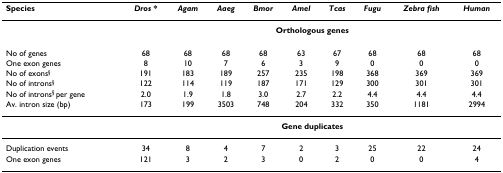
<table><thead><tr><td><b>Species</b></td><td><b><i>Dros *</i></b></td><td><b><i>Agam</i></b></td><td><b><i>Aaeg</i></b></td><td><b><i>Bmor</i></b></td><td><b><i>Amel</i></b></td><td><b><i>Tcas</i></b></td><td><b><i>Fugu</i></b></td><td><b><i>Zebra fish</i></b></td><td><b><i>Human</i></b></td></tr></thead><tbody><tr><td></td><td colspan="9"><b>Orthologous genes</b></td></tr><tr><td>No of genes</td><td>68</td><td>68</td><td>68</td><td>68</td><td>63</td><td>67</td><td>68</td><td>68</td><td>68</td></tr><tr><td>One exon genes</td><td>8</td><td>10</td><td>7</td><td>6</td><td>3</td><td>9</td><td>0</td><td>0</td><td>0</td></tr><tr><td>No of exons<sup>§</sup></td><td>191</td><td>183</td><td>189</td><td>257</td><td>235</td><td>198</td><td>368</td><td>369</td><td>369</td></tr><tr><td>No of introns<sup>§</sup></td><td>122</td><td>114</td><td>119</td><td>187</td><td>171</td><td>129</td><td>300</td><td>301</td><td>301</td></tr><tr><td>No of introns<sup>§ </sup>per gene</td><td>2.0</td><td>1.9</td><td>1.8</td><td>3.0</td><td>2.7</td><td>2.2</td><td>4.4</td><td>4.4</td><td>4.4</td></tr><tr><td>Av. intron size (bp)</td><td>173</td><td>199</td><td>3503</td><td>748</td><td>204</td><td>332</td><td>350</td><td>1181</td><td>2994</td></tr><tr><td></td><td colspan="9"><b>Gene duplicates</b></td></tr><tr><td>Duplication events</td><td>34</td><td>8</td><td>4</td><td>7</td><td>2</td><td>3</td><td>25</td><td>22</td><td>24</td></tr><tr><td>One exon genes</td><td>121</td><td>3</td><td>2</td><td>3</td><td>0</td><td>2</td><td>0</td><td>0</td><td>4</td></tr></tbody></table>